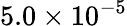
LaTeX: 5.0\times 10^{-5}